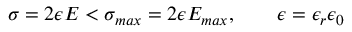
\sigma = 2 \epsilon E < \sigma _ { m a x } = 2 \epsilon E _ { m a x } , \qquad \epsilon = \epsilon _ { r } \epsilon _ { 0 }